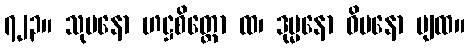
၇၂၃။ သုမနော ဟဋ္ဌစိတ္တော ထ၊ ဒုမ္မနော ဝိမနော ပျထ။